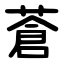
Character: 蒼